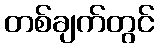
တစ်ချက်တွင်